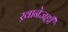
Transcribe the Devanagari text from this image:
ख़ानेजहाँ